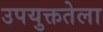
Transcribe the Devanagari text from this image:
उपयुक्ततेला